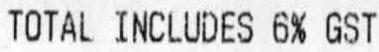
TOTAL INCLUDES 6% GST